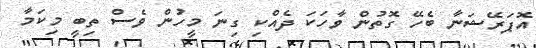
އޮޕަރޭޝަނާ ބެހޭ ގޮތުން ވާހަކަ ދެއްކި ގިނަ މީހުން ވެސް ތިބީ މިކަމާ